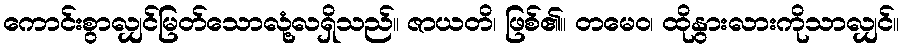
ကောင်းစွာလျှင်မြတ်သောလုံ့လရှိသည်။ ဇာယတိ၊ ဖြစ်၏။ တမေဝ၊ ထိုနွားလားကိုသာလျှင်။